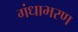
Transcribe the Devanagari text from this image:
गंधाभरण